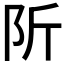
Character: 𨸢